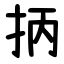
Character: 抦